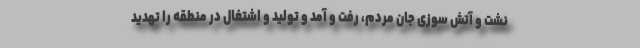
نشت و آتش سوزی جان مردم، رفت و آمد و تولید و اشتغال در منطقه را تهدید